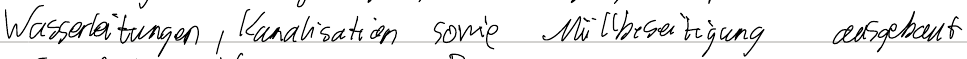
Wasserleitungen, Kanalisation sowie Müllbeseitigung ausgebaut